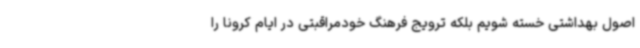
اصول بهداشتی خسته شویم بلکه ترویج فرهنگ خودمراقبتی در ایام کرونا را